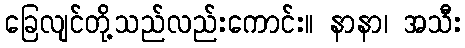
ခြေလျင်တို့သည်လည်းကောင်း။ နာနာ၊ အသီး